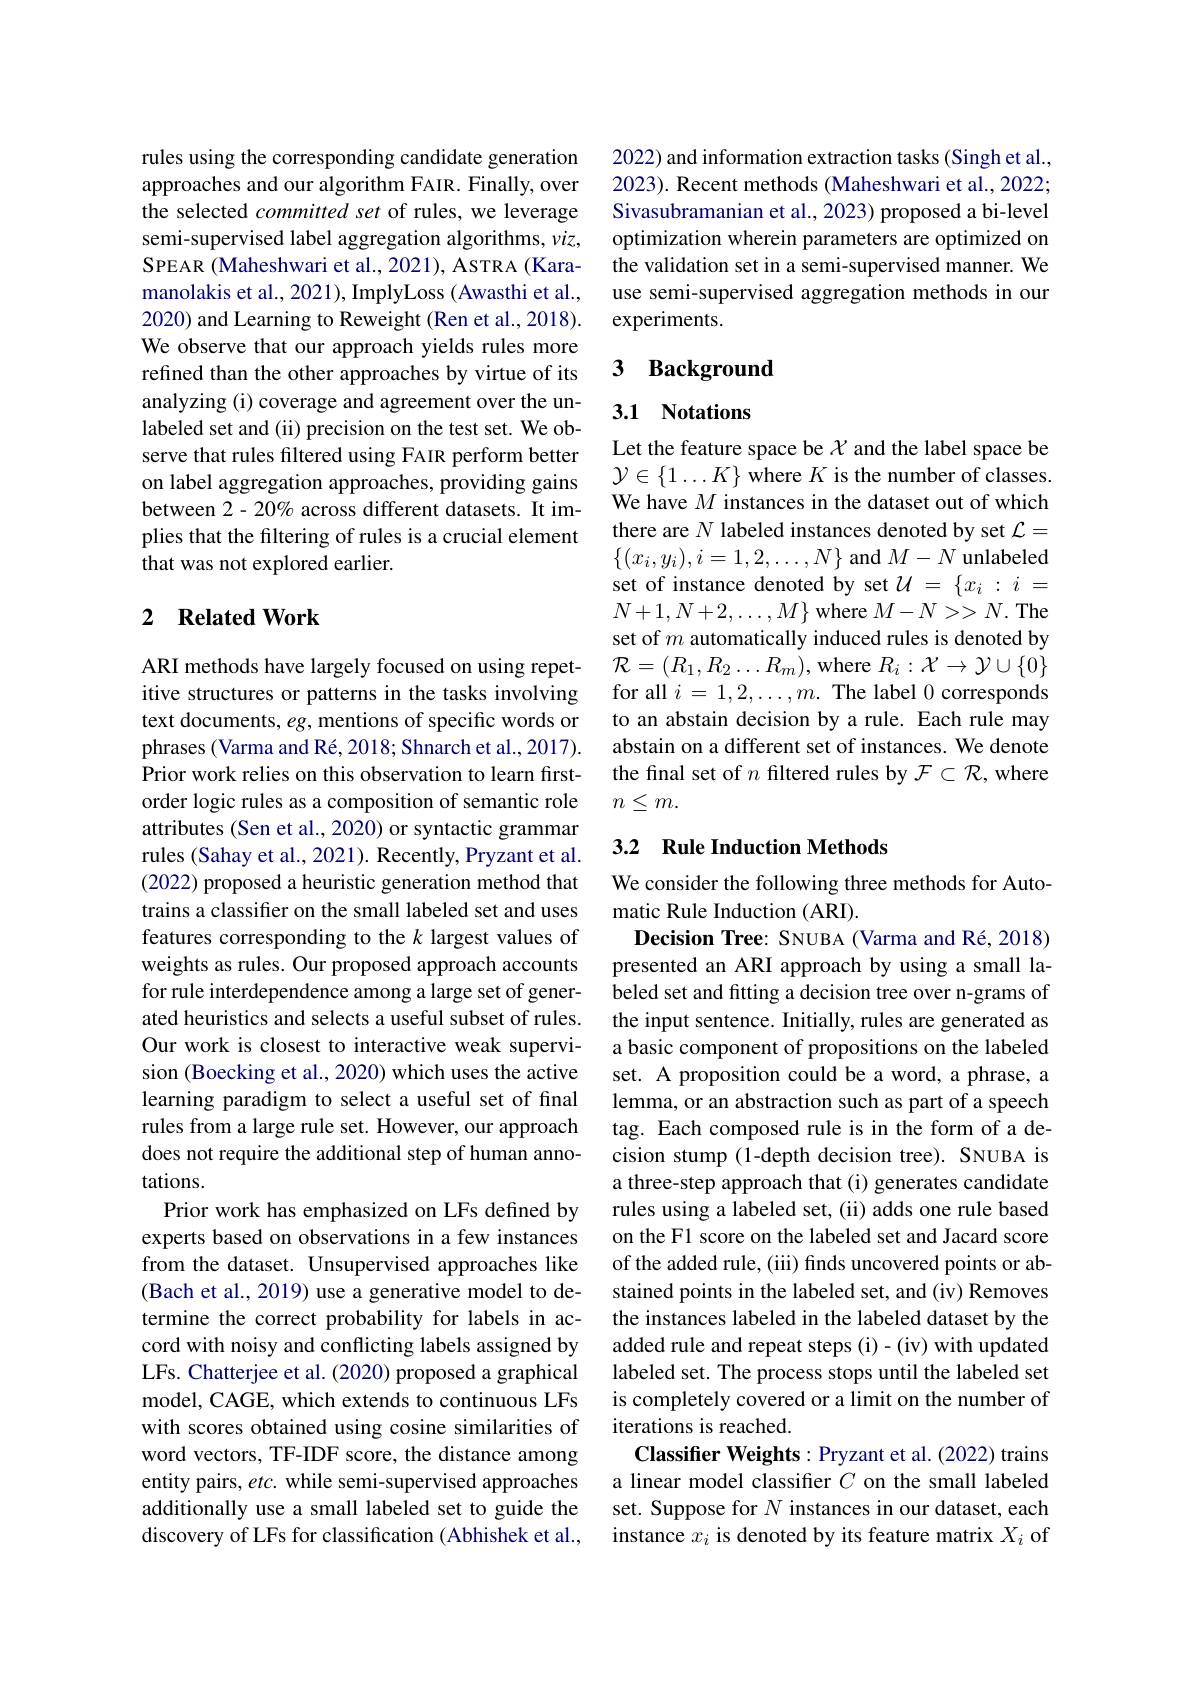
rules using the corresponding candidate generation approaches and our algorithm FAIR. Finally, over the selected committed set of rules, we leverage semi-supervised label aggregation algorithms, $viz$, SPEAR (Maheshwari et al., 2021), ASTRA (Karamanolakis et al., 2021), ImplyLoss (Awasthi et al., 2020) and Learning to Reweight (Ren et al., 2018). We observe that our approach yields rules more refined than the other approaches by virtue of its analyzing (i) coverage and agreement over the unlabeled set and (ii) precision on the test set. We observe that rules filtered using FAIR perform better on label aggregation approaches, providing gains between 2- 20% across different datasets. It implies that the filtering of rules is a crucial element that was not explored earlier.

### 2 $\textbf{Related Work}$

ARI methods have largely focused on using repetitive structures or patterns in the tasks involving text documents, eg, mentions of specific words or phrases (Varma and Ré, 2018; Shnarch et al., 2017). Prior work relies on this observation to learn firstorder logic rules as a composition of semantic role attributes (Sen et al., 2020) or syntactic grammar rules (Sahay et al., 2021). Recently, Pryzant et al. (2022) proposed a heuristic generation method that trains a classifer on the small labeled set and uses features corresponding to the $k$ largest values of weights as rules. Our proposed approach accounts for rule interdependence among a large set of generated heuristics and selects a useful subset of rules. Our work is closest to interactive weak supervision (Boecking et al., 2020) which uses the active learning paradigm to select a useful set of final rules from a large rule set. However, our approach does not require the additional step of human annotations.
Prior work has emphasized on LFs defined by experts based on observations in a few instances from the dataset. Unsupervised approaches like (Bach et al., 2019) use a generative model to determine the correct probability for labels in accord with noisy and conflicting labels assigned by LFs. Chatterjee et al. (2020) proposed a graphical model, CAGE, which extends to continuous LFs with scores obtained using cosine similarities of word vectors, TF-IDF score, the distance among entity pairs, $etc.$ while semi-supervised approaches additionally use a small labeled set to guide the discovery of LFs for classification (Abhishek et al.,

2022) and information extraction tasks (Singh et al., 2023). Recent methods (Maheshwari et al., 2022; Sivasubramanian et al., 2023) proposed a bi-level optimization wherein parameters are optimized on the validation set in a semi-supervised manner. We use semi-supervised aggregation methods in our experiments.

### 3 Background

## 3.1 Notations

Let the feature space be $\chi$ and the label space be $\mathcal{Y}\in\{1\ldots K\}$ where $K$ is the number of classes. We have $M$ instances in the dataset out of which there are $N$ labeled instances denoted by set $\mathcal{L}=$ $\{(x_{i},y_{i}),i=1,2,\ldots,N\}$ and $M-N$ unlabeled set of instance denoted by set $\mathcal{U}=\{x_i:i=$ $N+1,N+2,\ldots,M\}$ where $M-N>>N.$ The set of $m$ automatically induced rules is denoted by $\mathcal{R}=(R_{1},R_{2}\ldots R_{m})$,where $R_i:\mathcal{X}\to\mathcal{Y}\cup\{0\}$ for all $i=1,2,\ldots,m.$ The label 0 corresponds to an abstain decision by a rule. Each rule may abstain on a different set of instances. We denote the final set of $n$ filtered rules by $\mathcal{F}\subset\mathcal{R}$, where $n\leq m.$

## 3.2 Rule Induction Methods

We consider the following three methods for Auto-
matic Rule Induction (ARI).
Decision Tree: SNUBA (Varma and Ré, 2018) presented an ARI approach by using a small labeled set and fitting a decision tree over n-grams of the input sentence. Initially, rules are generated as a basic component of propositions on the labeled set. A proposition could be a word, a phrase, a lemma, or an abstraction such as part of a speech tag. Each composed rule is in the form of a decision stump (1-depth decision tree). SNUBA is a three-step approach that (i) generates candidate rules using a labeled set, (ii) adds one rule based on the F1 score on the labeled set and Jacard score of the added rule, (iii) finds uncovered points or abstained points in the labeled set, and (iv) Removes the instances labeled in the labeled dataset by the added rule and repeat steps (i)-(iv) with updated labeled set. The process stops until the labeled set is completely covered or a limit on the number of iterations is reached
Classifier Weights: Pryzant et al. (2022) trains a linear model classifier $C$ on the small labeled set. Suppose for $N$ instances in our dataset, each instance $x_i$ is denoted by its feature matrix $X_i$ of